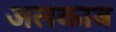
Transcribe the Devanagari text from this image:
अलकाब